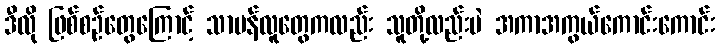
ဒီလို ဖြစ်စဉ်တွေကြောင့် သာမန်လူတွေကလည်း သူတို့လည်းပဲ အကာအကွယ်ကောင်းကောင်း